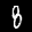
Label: 8